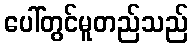
ပေါ်တွင်မူတည်သည်